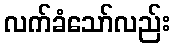
လက်ခံသော်လည်း